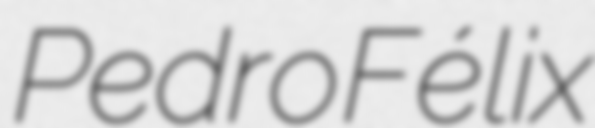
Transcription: Pedro Félix